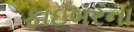
ફાઇબરના